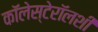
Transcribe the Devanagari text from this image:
कॉलेस्टेरॉलशी